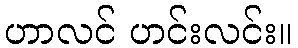
ဟာလင် ဟင်းလင်း။